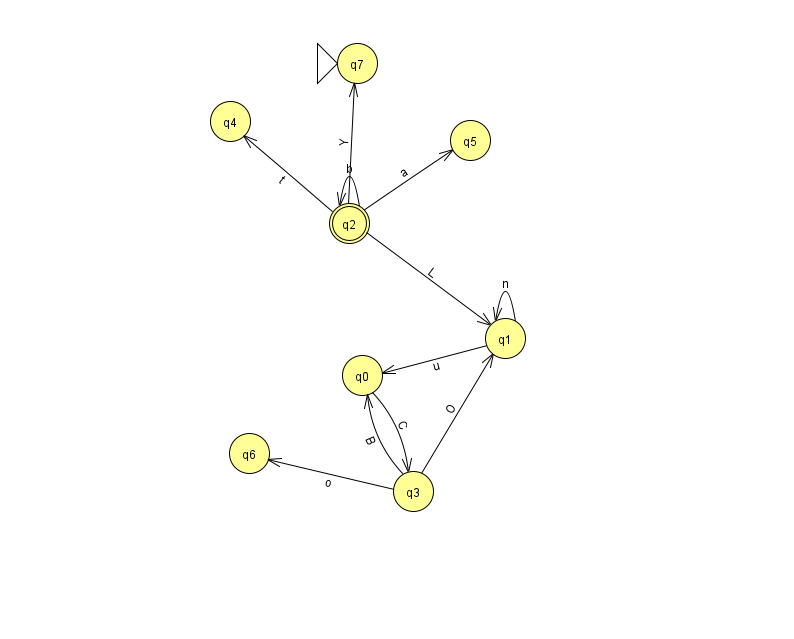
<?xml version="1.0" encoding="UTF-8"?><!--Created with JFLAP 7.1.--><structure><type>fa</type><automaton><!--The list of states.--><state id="0" name="q0"><x>362.0</x><y>362.0</y></state><state id="1" name="q1"><x>505.0</x><y>325.0</y></state><state id="2" name="q2"><x>349.0</x><y>210.0</y><final/></state><state id="3" name="q3"><x>413.0</x><y>478.0</y></state><state id="4" name="q4"><x>230.0</x><y>108.0</y></state><state id="5" name="q5"><x>470.0</x><y>127.0</y></state><state id="6" name="q6"><x>249.0</x><y>440.0</y></state><state id="7" name="q7"><x>357.0</x><y>50.0</y><initial/></state><!--The list of transitions.--><transition><from>3</from><to>0</to><read>B</read></transition><transition><from>0</from><to>3</to><read>C</read></transition><transition><from>2</from><to>7</to><read>Y</read></transition><transition><from>2</from><to>2</to><read>b</read></transition><transition><from>2</from><to>4</to><read>t</read></transition><transition><from>2</from><to>5</to><read>a</read></transition><transition><from>3</from><to>1</to><read>O</read></transition><transition><from>3</from><to>6</to><read>o</read></transition><transition><from>1</from><to>0</to><read>u</read></transition><transition><from>1</from><to>1</to><read>n</read></transition><transition><from>2</from><to>1</to><read>L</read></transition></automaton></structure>